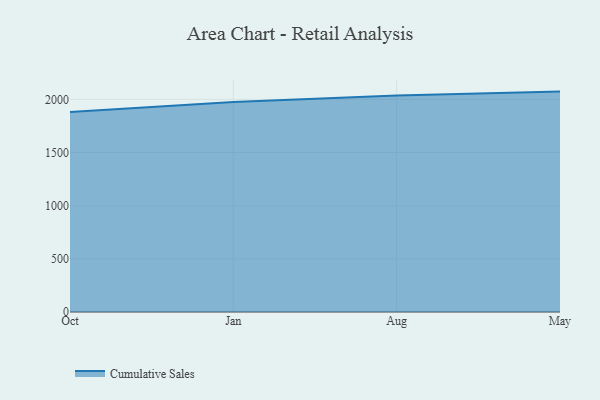
{"axis": {"x": "Month", "y": "Temperature (°C)"}, "legend": ["Cumulative Sales"], "data": [{"x": "Oct", "y": 1880.3, "type": "Cumulative Sales"}, {"x": "Jan", "y": 1975.6, "type": "Cumulative Sales"}, {"x": "Aug", "y": 2037.0, "type": "Cumulative Sales"}, {"x": "May", "y": 2073.0, "type": "Cumulative Sales"}]}